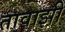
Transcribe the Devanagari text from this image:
तावाझी